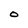
Character: O